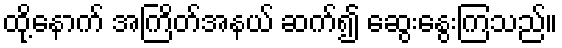
ထို့နောက် အကြိတ်အနယ် ဆက်၍ ဆွေးနွေးကြသည်။